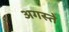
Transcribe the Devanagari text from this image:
अगस्ते